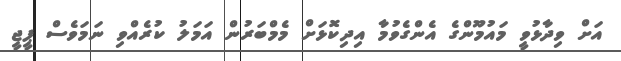
އަށް ވިދާޅުވީ މައުމޫންގެ އެންގެވުމާ އިދިކޮޅަށް މެމްބަރުން އަމަލު ކުރެއްވި ނަމަވެސް ޕީޖީ